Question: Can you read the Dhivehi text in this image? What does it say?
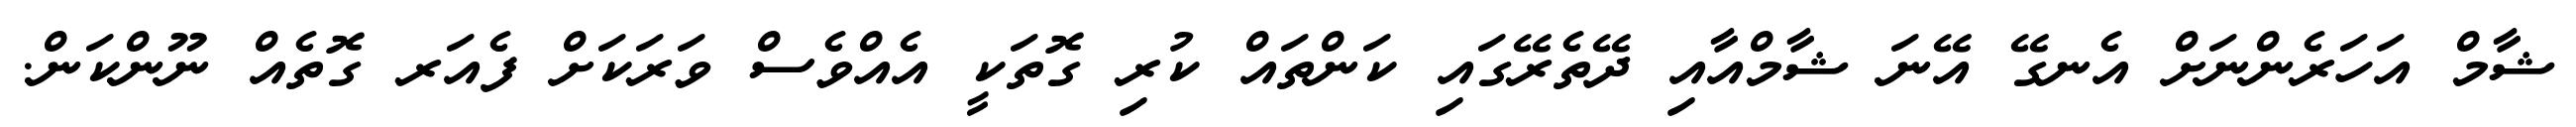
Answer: ޝާމް އަހަރެންނަށް އެނގޭ އޭނަ ޝާމްއާއި ދޭތެރޭގައި ކަންތައް ކުރި ގޮތަކީ އެއްވެސް ވަރަކަށް ފެއަރ ގޮތެއް ނޫންކަން.